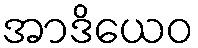
အာဒိယေဝ